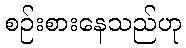
စဉ်းစားနေသည်ဟု